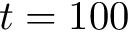
t = 1 0 0